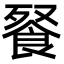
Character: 䬸